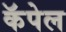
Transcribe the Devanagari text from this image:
कॅपेल